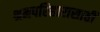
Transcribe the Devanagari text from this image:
श्रमपरिहारासाठी